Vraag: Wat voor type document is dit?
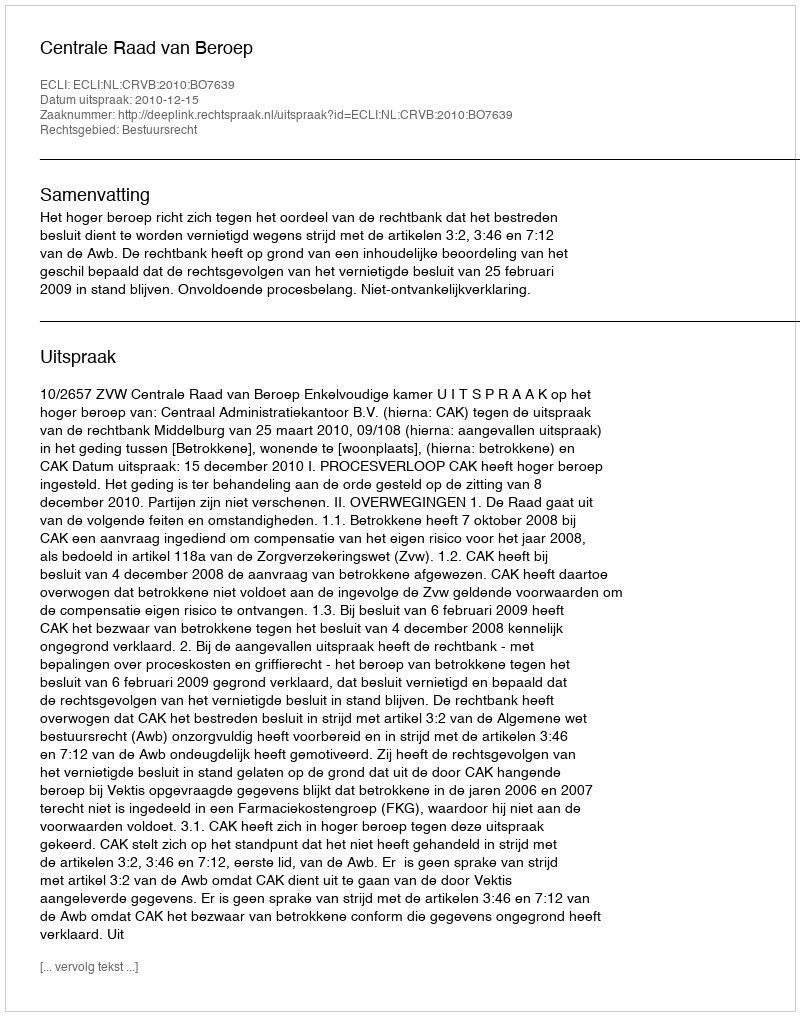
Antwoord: Uitspraak